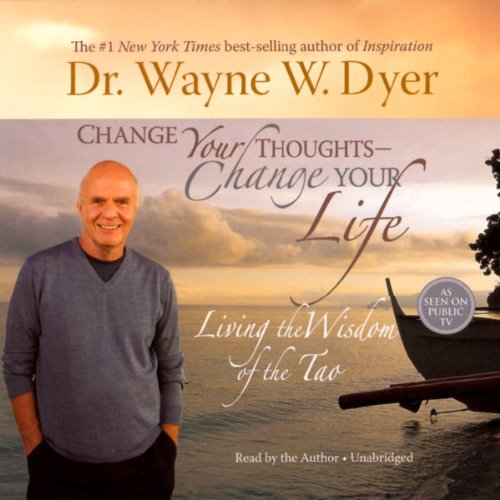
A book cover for Change Your Thoughts, Change Your Life: Living the Wisdom of the Tao; Dr. Wayne W. Dyer; Religion & Spirituality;